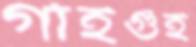
গাঁইগুঁই